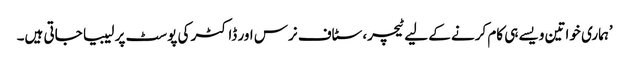
’ہماری خواتین ویسے ہی کام کرنے کے لیے ٹیچر، سٹاف نرس اور ڈاکٹر کی پوسٹ پر لیبیا جاتی ہیں۔